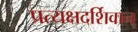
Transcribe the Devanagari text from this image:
प्रत्यक्षदर्शिवान्